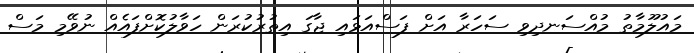
މައުލޫމާތު މުއްސަނދިވި ސަހަރާ އަށް ފަސްއަޅައި ޖާގަ އިތުރުކުރަން ހަވާލުކޮށްފައެއް ނުވޭމި މަސް